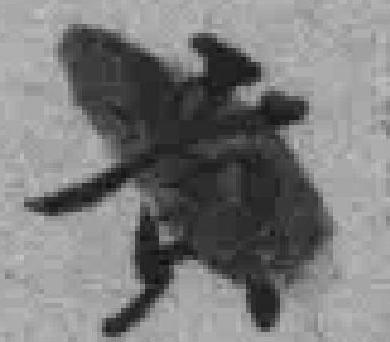
黄